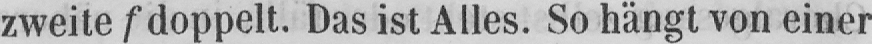
zweite f doppelt. Das ist Alles. So hängt von einer